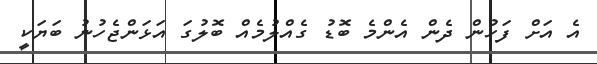
އެ އަށް ފަހުން ދެން އެންމެ ބޮޑު ގެއްލުމެއް ބޮލުގަ އަޅަންޖެހުނު ބަޔަކީ